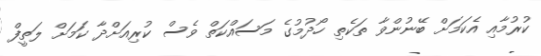
ކުރުމާއި އެކަމަށް ބޭނުންވާ ތަކެތި ހޯދުމުގެ މަސައްކަތް ވެސް ކުރިއަށްދާ ކަމަށް ލަތީފް